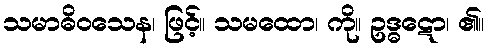
သမာဓိဝသေန၊ ဖြင့်။ သမထော၊ ကို။ ဥဒ္ဓဋော၊ ၏။